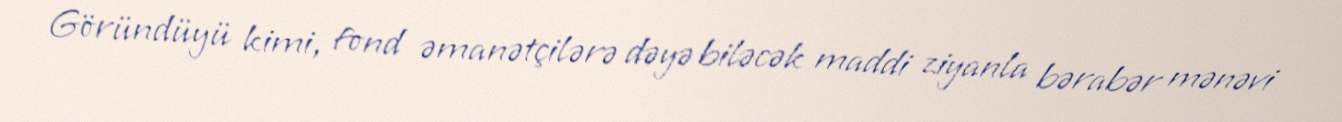
Göründüyü kimi, fond əmanətçilərə dəyə biləcək maddi ziyanla bərabər mənəvi